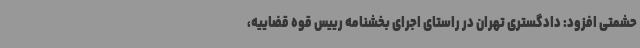
حشمتی افزود: دادگستری تهران در راستای اجرای بخشنامه رییس قوه قضاییه،